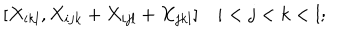
[ X _ { i k l } , X _ { i j k } + X _ { i j l } + X _ { j k l } ] \quad i < j < k < l ;